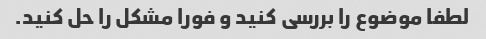
لطفا موضوع را بررسی کنید و فورا مشکل را حل کنید.